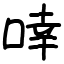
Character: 啈